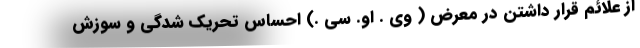
از علائم قرار داشتن در معرض ( وی . او. سی .) احساس تحریک شدگی و سوزش